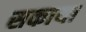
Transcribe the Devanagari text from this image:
सकाया